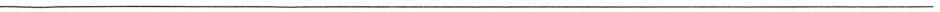
___